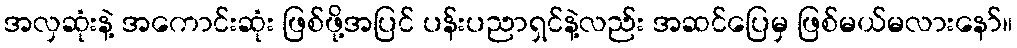
အလှဆုံးနဲ့ အကောင်းဆုံး ဖြစ်ဖို့အပြင် ပန်းပညာရှင်နဲ့လည်း အဆင်ပြေမှ ဖြစ်မယ်မလားနော်။